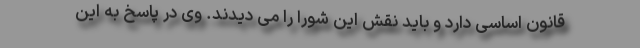
قانون اساسی دارد و باید نقش این شورا را می دیدند. وی در پاسخ به این